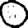
Digit: 0